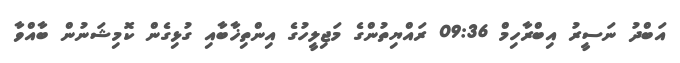
އަބްދު ނަސީރު އިބްރާހިމް 09:36 ރައްޔިތުންގެ މަޖިލީހުގެ އިންތިޚާބާއި ގުޅިގެން ކޮމިޝަނުން ބާއްވާ